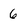
Character: 6